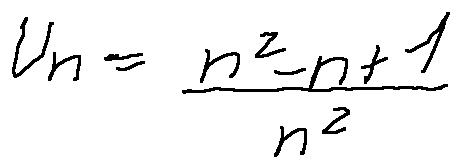
u _ { n } = \frac { n ^ { 2 } - n + 1 } { n ^ { 2 } }